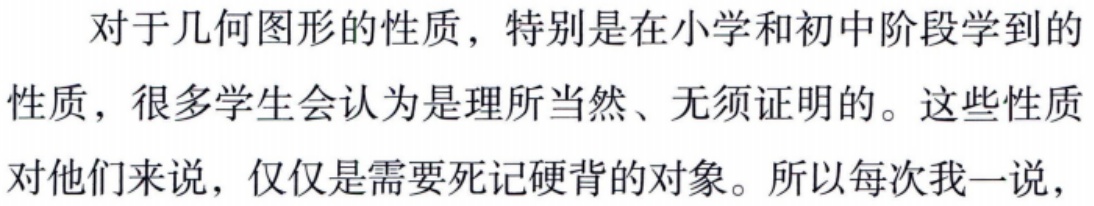
对于几何图形的性质，特别是在小学和初中阶段学到的性质，很多学生会认为是理所当然、无须证明的。这些性质对他们来说，仅仅是需要死记硬背的对象。所以每次我一说，